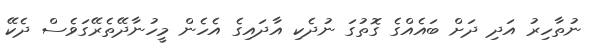
ނުތާހިރު އަދި ދަށް ބައެއްގެ ގޮތުގަ ނުދެކި އާދައިގެ އެހެން މީހުނާދޭތެރޭގަވެސް ދެކޭ